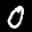
Label: 0